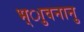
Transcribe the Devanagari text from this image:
भ्ाुवनानु